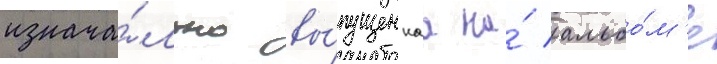
изнача́льно вы́пущеннаа на́ альбо́м'е